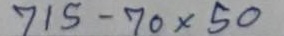
715 - 70 x 50